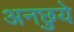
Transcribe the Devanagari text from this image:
अनछुये